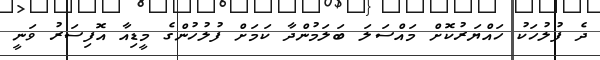
ދެ ފުލުހަކު ހައްޔަރުކޮށް މައްސަލަ ބަލަމުންދާ ކަމަށް ފުލުހުންގެ މީޑިއާ އޮފިސަރު ވަނީ